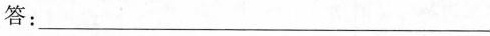
答：___